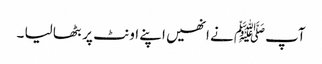
آپﷺ نے انھیں اپنے اونٹ پر بٹھا لیا ۔